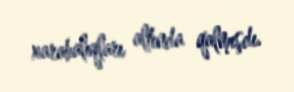
xarabalıqları altında qalmışdı.